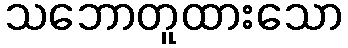
သဘောတူထားသော